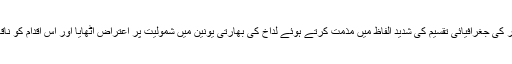
ین نے مقبوضہ کشمیر کی جغرافیائی تقسیم کی شدید الفاظ میں مذمت کرتے ہوئے لداخ کی بھارتی یونین میں شمولیت پر اعتراض اْٹھایا اور اس اقدام کو ناقابل قبول قرار دیا ہے۔